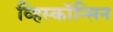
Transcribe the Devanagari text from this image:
व्हिस्कॉन्सिन